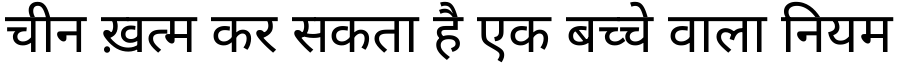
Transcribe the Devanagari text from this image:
चीन ख़त्म कर सकता है एक बच्चे वाला नियम